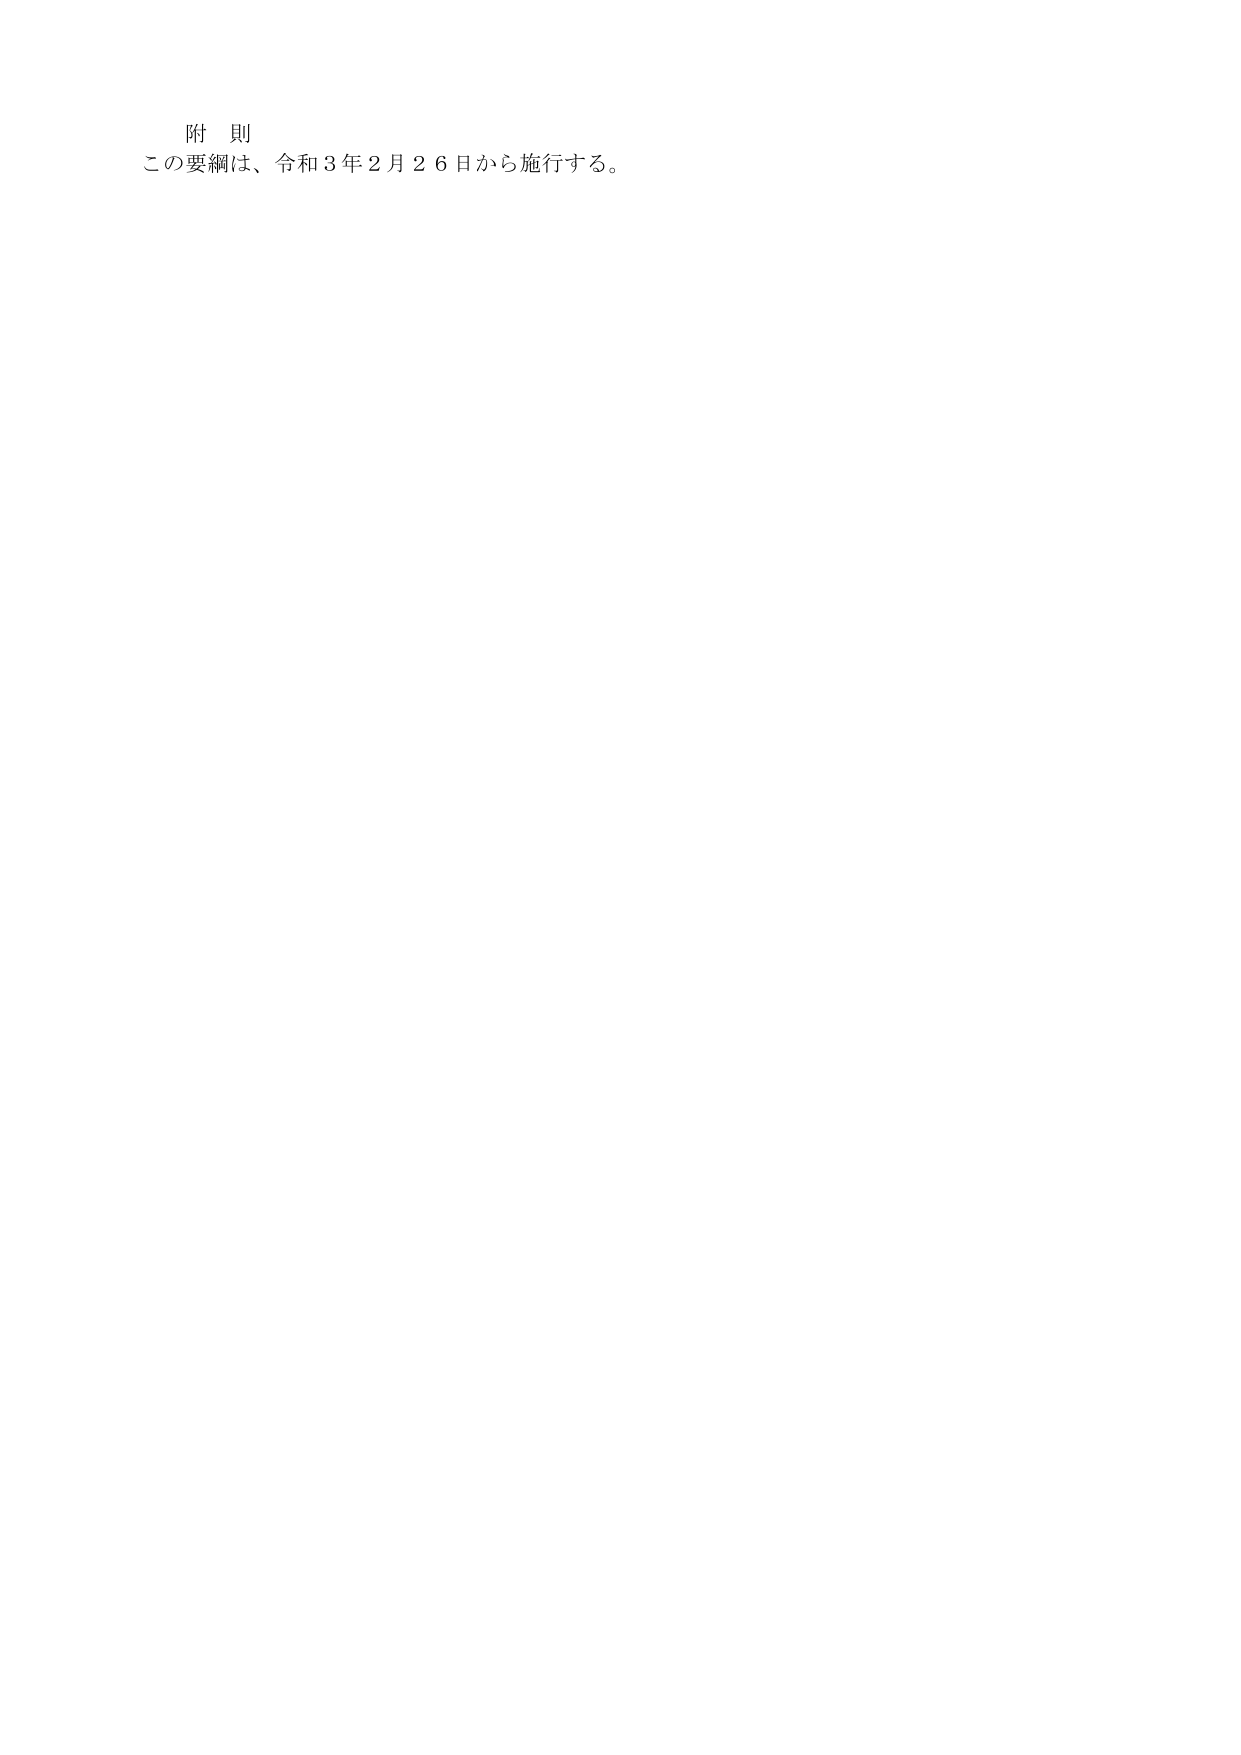
附 則
この要綱は、令和３年２月２６日から施行する。